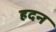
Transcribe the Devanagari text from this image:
हदन